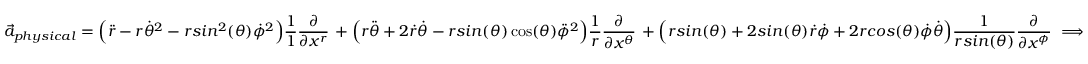
\vec { a } _ { p h y s i c a l } = \Big ( \ddot { r } - r \dot { \theta } ^ { 2 } - r s i n ^ { 2 } ( \theta ) \dot { \phi } ^ { 2 } \Big ) \frac { 1 } { 1 } \frac { \partial } { \partial x ^ { r } } \, + \Big ( r \ddot { \theta } + 2 \dot { r } \dot { \theta } - r s i n ( \theta ) \cos ( \theta ) \ddot { \phi } ^ { 2 } \Big ) \frac { 1 } { r } \frac { \partial } { \partial x ^ { \theta } } \, + \Big ( r s i n ( \theta ) + 2 s i n ( \theta ) \dot { r } \dot { \phi } + 2 r c o s ( \theta ) \dot { \phi } \dot { \theta } \Big ) \frac { 1 } { r s i n ( \theta ) } \frac { \partial } { \partial x ^ { \phi } } \implies